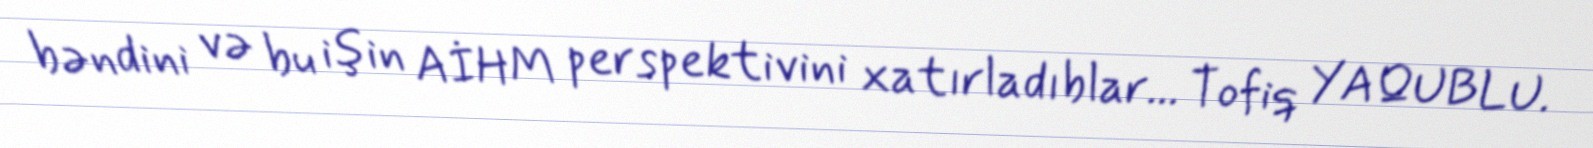
bəndini və bu işin AİHM perspektivini xatırladıblar... Tofiq YAQUBLU.